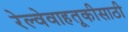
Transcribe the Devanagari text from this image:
रेल्वेवाहतूकीसाठी